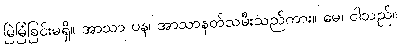
မြဲမြံခြင်းမရှိ။ အာသာ ပန၊ အာသာနတ်သမီးသည်ကား။ မေ၊ ငါသည်။